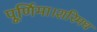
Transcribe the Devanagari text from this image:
पूर्णिमा।शरिमध